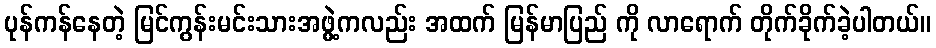
ပုန်ကန်နေတဲ့ မြင်ကွန်းမင်းသားအဖွဲ့ကလည်း အထက် မြန်မာပြည် ကို လာရောက် တိုက်ခိုက်ခဲ့ပါတယ်။